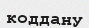
коддану